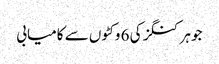
جوہر کنگز کی 6 وکٹوں سے کامیابی